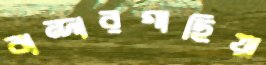
বান্দারগাছিয়া